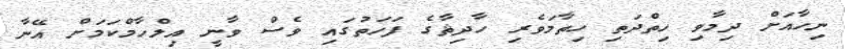
ނިހާއަށް ދިމާވި ހިތްދަތި ހިތާމަވެރި ހާދިޘާގެ ފަހަތުގައި ވެސް ވާނީ އިލްހާމްކަމަށް އޭނާ